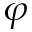
\varphi